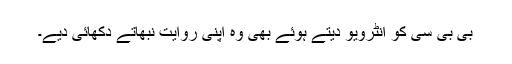
بی بی سی کو انٹرویو دیتے ہوئے بھی وہ اپنی روایت نبھاتے دکھائی دیے۔